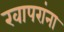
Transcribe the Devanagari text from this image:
खापरांना